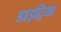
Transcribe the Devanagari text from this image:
डाइट्रिया